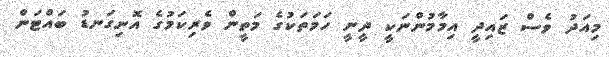
މިއަދު ވެސް ޒައިދީ އިމާމުންނަކީ ދީނީ ހަމަތަކުގެ މަތީން ވެރިކަމުގެ އޮނިގަނޑު ބައްޓަން